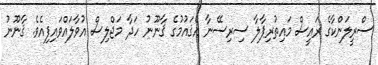
ސްރީލަންކާގެ ރައީސް މައިތުރިޕާލާ ސިރިސޭނާ އެޤައުމުގެ ޤާނޫނު ހަދާ މަޖްލިސް އުވާލައްވައިފިއެވެ. ޤާނޫނު